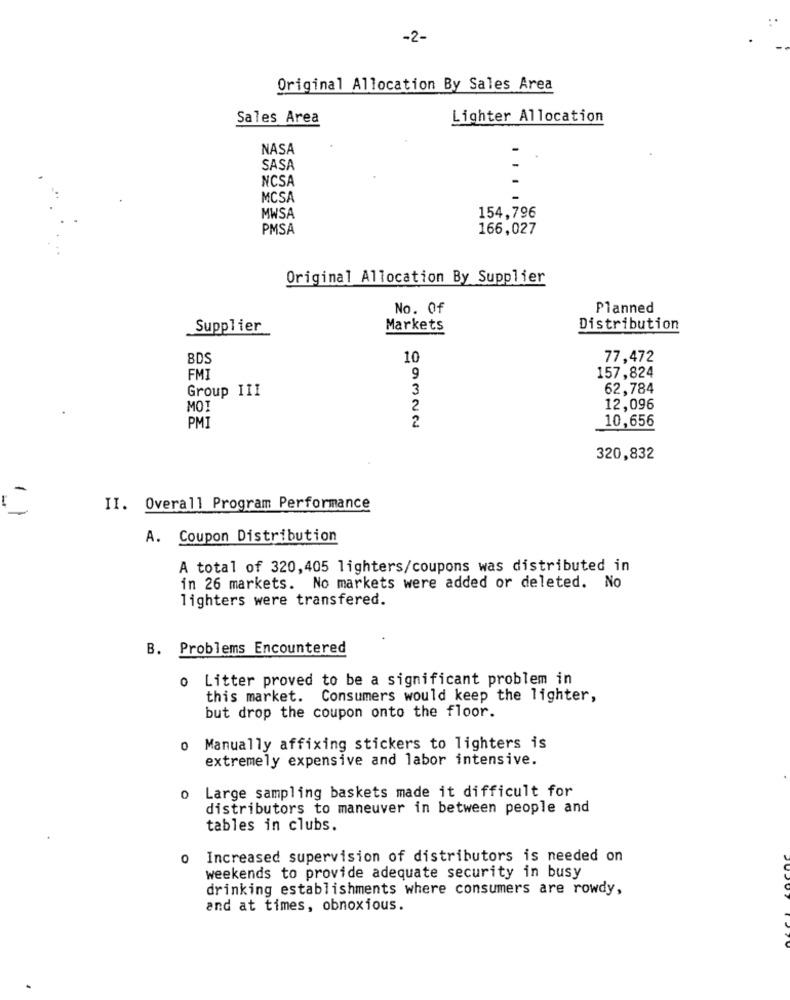
-2-
Original Allocation By Sales Area
Sales Area
Lighter Allocation
NASA
SASA
NCSA
MCSA
MWSA
154,796
PMSA
166,027
Original Allocation By Supplier
No. Of
Planned
Supplier
Markets
Distribution
BDS
10
77,472
FMI
9
157,824
Group III
3
62,784
MOI
2
12,096
2
10,656
PMI
320,832
-
II. Overall Program Performance
A. Coupon Distribution
A total of 320,405 lighters/coupons was distributed in
in 26 markets. No markets were added or deleted. No
lighters were transfered.
B. Problems Encountered
0
Litter proved to be a significant problem in
this market. Consumers would keep the lighter,
but drop the coupon onto the floor.
0
Manually affixing stickers to lighters is
extremely expensive and labor intensive.
Large sampling baskets made it difficult for
O
distributors to maneuver in between people and
tables in clubs.
0
Increased supervision of distributors is needed on
weekends to provide adequate security in busy
drinking establishments where consumers are rowdy,
and at times, obnoxious.